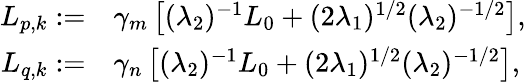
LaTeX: \begin{array}{rl}{L_{p,k}:=}&{\gamma_{m}\left[(\lambda_{2})^{-1}L_{0}+(2\lambda_{1})^{1/2}(\lambda_{2})^{-1/2}\right],}\\ {L_{q,k}:=}&{\gamma_{n}\left[(\lambda_{2})^{-1}L_{0}+(2\lambda_{1})^{1/2}(\lambda_{2})^{-1/2}\right],}\end{array}